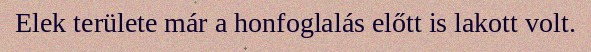
Elek területe már a honfoglalás előtt is lakott volt.